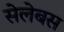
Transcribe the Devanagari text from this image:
सेलेबस